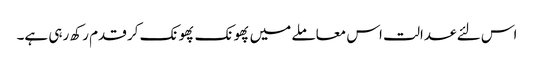
اس لئے عدالت اس معاملے میں پھونک پھونک کر قدم رکھ رہی ہے۔